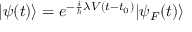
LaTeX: | \psi ( t ) \rangle = e ^ { - { \frac { i } { \hbar } } \lambda V ( t - t _ { 0 } ) } | \psi _ { F } ( t ) \rangle